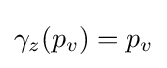
\gamma _{z}(p_{v})=p_{v}